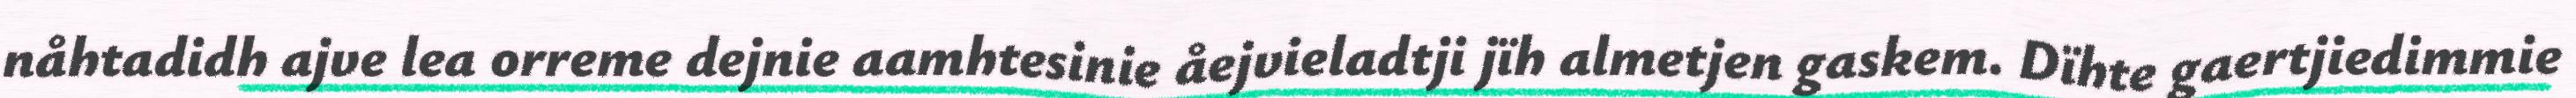
nåhtadidh ajve lea orreme dejnie aamhtesinie åejvieladtji jïh almetjen gaskem. Dïhte gaertjiedimmie